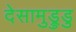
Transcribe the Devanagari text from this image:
देसामुड्रुडु